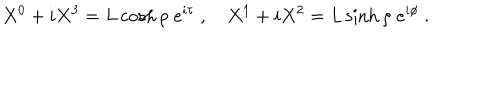
X ^ { 0 } + i X ^ { 3 } = L \cosh \rho \; e ^ { i \tau } \ , \quad X ^ { 1 } + i X ^ { 2 } = L \sinh \rho \; e ^ { i \phi } \ .